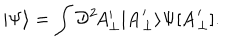
LaTeX: | \Psi \rangle = \int { \cal D } ^ { 2 } \! A _ { \perp } ^ { \prime } | { \bf A } _ { \perp } ^ { \prime } \rangle \Psi [ { \bf A } _ { \perp } ^ { \prime } ] .